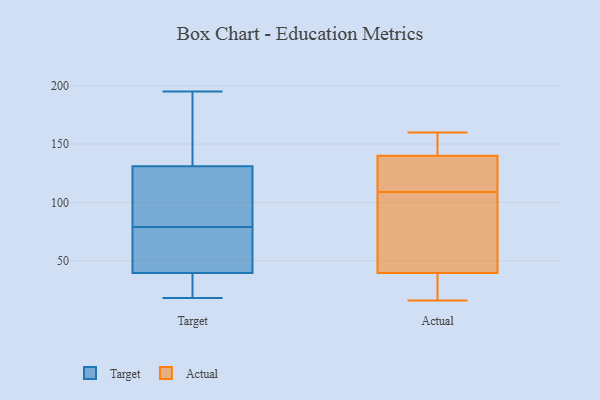
{"axis": {"x": "Net Income (USD K)", "y": "Value"}, "legend": ["Actual", "Target"], "data": [{"x": "", "y": 68, "type": "Target"}, {"x": "", "y": 79, "type": "Target"}, {"x": "", "y": 46, "type": "Target"}, {"x": "", "y": 87, "type": "Target"}, {"x": "", "y": 79, "type": "Target"}, {"x": "", "y": 180, "type": "Target"}, {"x": "", "y": 22, "type": "Target"}, {"x": "", "y": 97, "type": "Target"}, {"x": "", "y": 32, "type": "Target"}, {"x": "", "y": 18, "type": "Target"}, {"x": "", "y": 59, "type": "Target"}, {"x": "", "y": 85, "type": "Target"}, {"x": "", "y": 50, "type": "Target"}, {"x": "", "y": 33, "type": "Target"}, {"x": "", "y": 148, "type": "Target"}, {"x": "", "y": 195, "type": "Target"}, {"x": "", "y": 114, "type": "Target"}, {"x": "", "y": 27, "type": "Target"}, {"x": "", "y": 155, "type": "Target"}, {"x": "", "y": 187, "type": "Target"}, {"x": "", "y": 16, "type": "Actual"}, {"x": "", "y": 29, "type": "Actual"}, {"x": "", "y": 109, "type": "Actual"}, {"x": "", "y": 144, "type": "Actual"}, {"x": "", "y": 144, "type": "Actual"}, {"x": "", "y": 112, "type": "Actual"}, {"x": "", "y": 71, "type": "Actual"}, {"x": "", "y": 160, "type": "Actual"}, {"x": "", "y": 128, "type": "Actual"}, {"x": "", "y": 19, "type": "Actual"}, {"x": "", "y": 84, "type": "Actual"}]}